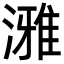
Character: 𪷐